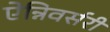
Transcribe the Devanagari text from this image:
ऐन्निवर्सरी